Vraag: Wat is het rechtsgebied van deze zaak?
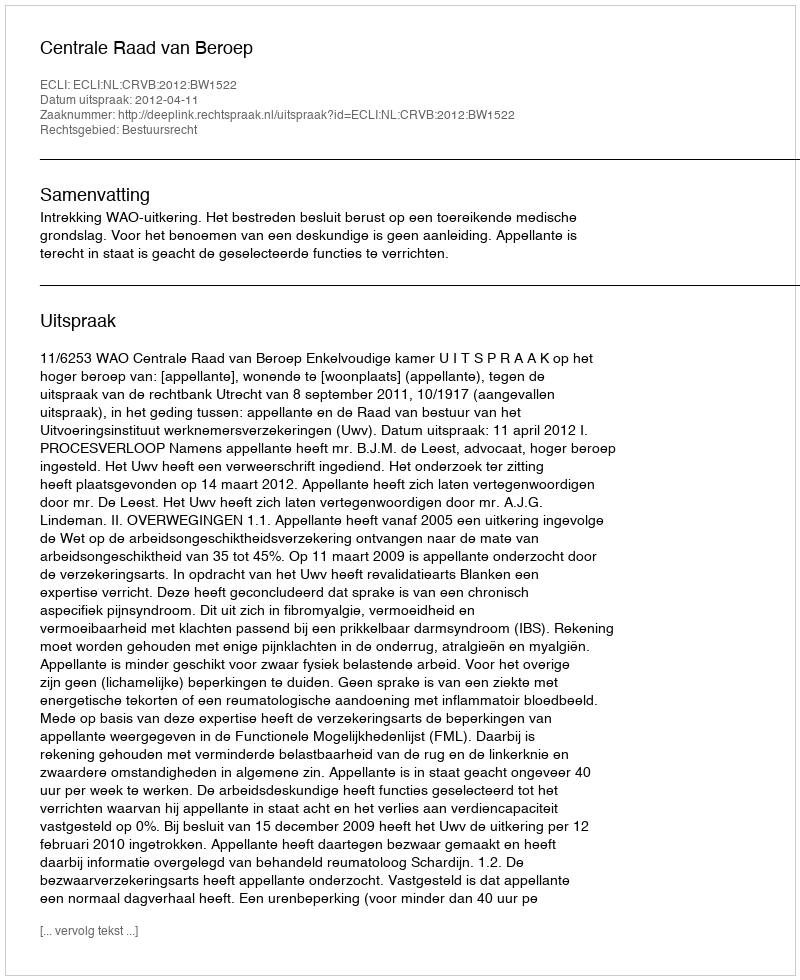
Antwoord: Bestuursrecht